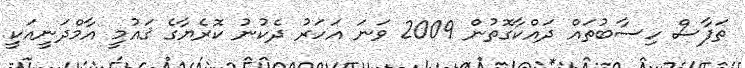
ތަފާސް ހިސާބުތައް ދައްކާގޮތުން 2009 ވަނަ އަހަރު ދެކުނު ކޮރެޔާގެ ޤައުމީ އާމްދަނީއަކީ